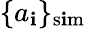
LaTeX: \{ a_{\mathbf{i}}\} _{\mathrm{{s\mathbf{i}m}}}